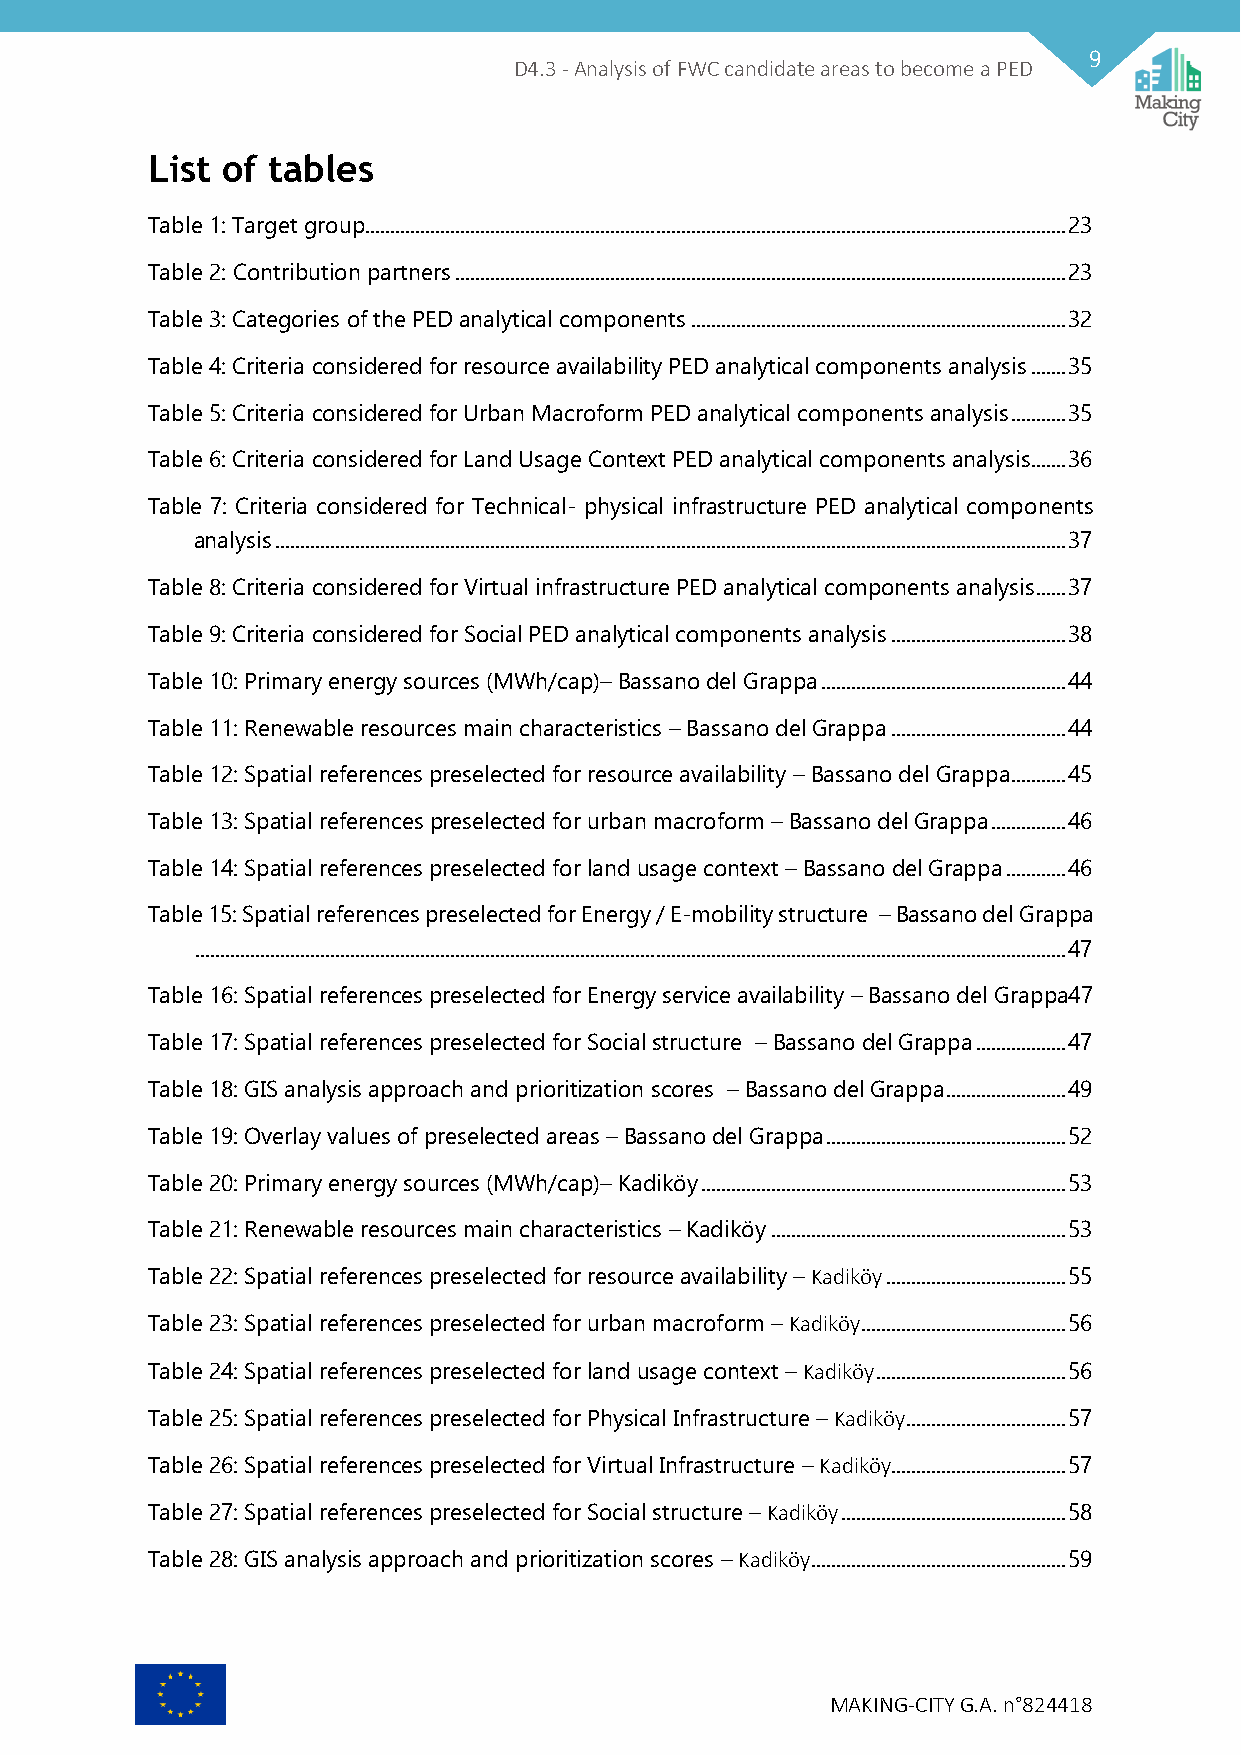
9
 D4.3 - Analysis of FWC candidate areas to become a PED
 List of tables
 Table 1: Target group ............................................................................................................................................ 23
 Table 2: Contribution partners .......................................................................................................................... 23
 Table 3: Categories of the PED analytical components ........................................................................... 32
 Table 4: Criteria considered for resource availability PED analytical components analysis ....... 35
 Table 5: Criteria considered for Urban Macroform PED analytical components analysis ........... 35
 Table 6: Criteria considered for Land Usage Context PED analytical components analysis....... 36
 Table 7: Criteria considered for Technical- physical infrastructure PED analytical components
 analysis .............................................................................................................................................................. 37
 Table 8: Criteria considered for Virtual infrastructure PED analytical components analysis ...... 37
 Table 9: Criteria considered for Social PED analytical components analysis ................................... 38
 Table 10: Primary energy sources (MWh/cap)– Bassano del Grappa ................................................. 44
 Table 11: Renewable resources main characteristics – Bassano del Grappa ................................... 44
 Table 12: Spatial references preselected for resource availability – Bassano del Grappa........... 45
 Table 13: Spatial references preselected for urban macroform – Bassano del Grappa ............... 46
 Table 14: Spatial references preselected for land usage context – Bassano del Grappa ............ 46
 Table 15: Spatial references preselected for Energy / E-mobility structure – Bassano del Grappa
 .............................................................................................................................................................................. 47
 Table 16: Spatial references preselected for Energy service availability – Bassano del Grappa47
 Table 17: Spatial references preselected for Social structure – Bassano del Grappa .................. 47
 Table 18: GIS analysis approach and prioritization scores – Bassano del Grappa ........................ 49
 Table 19: Overlay values of preselected areas – Bassano del Grappa ................................................ 52
 Table 20: Primary energy sources (MWh/cap)– Kadiköy ......................................................................... 53
 Table 21: Renewable resources main characteristics – Kadiköy ........................................................... 53
 Table 22: Spatial references preselected for resource availability – Kadiköy .................................... 55
 Table 23: Spatial references preselected for urban macroform – Kadiköy ......................................... 56
 Table 24: Spatial references preselected for land usage context – Kadiköy ...................................... 56
 Table 25: Spatial references preselected for Physical Infrastructure – Kadiköy ................................ 57
 Table 26: Spatial references preselected for Virtual Infrastructure – Kadiköy................................... 57
 Table 27: Spatial references preselected for Social structure – Kadiköy ............................................. 58
 Table 28: GIS analysis approach and prioritization scores – Kadiköy ................................................... 59
 MAKING-CITY G.A. n°824418